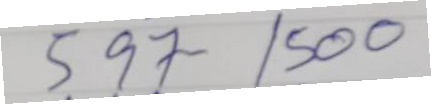
597 - 1500